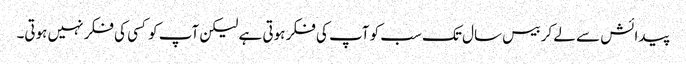
پیدائش سے لے کر بیس سال تک سب کو آپ کی فکر ہوتی ہے لیکن آپ کو کسی کی فکر نہیں ہوتی۔